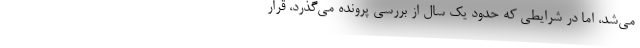
می‌شد، اما در شرایطی که حدود یک سال از بررسی پرونده می‌گذرد، قرار